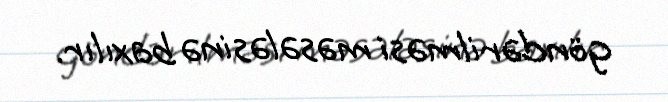
göndərilməsi məsələsinə baxılır.